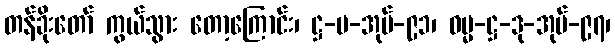
တန်ခိုးတော် ကွယ်သွား တော့ကြောင်း၊ ဋ္ဌ-ပ-အုပ်-၉၁၊ ဓမ္မ-ဋ္ဌ-ဒု-အုပ်-၉၇၊